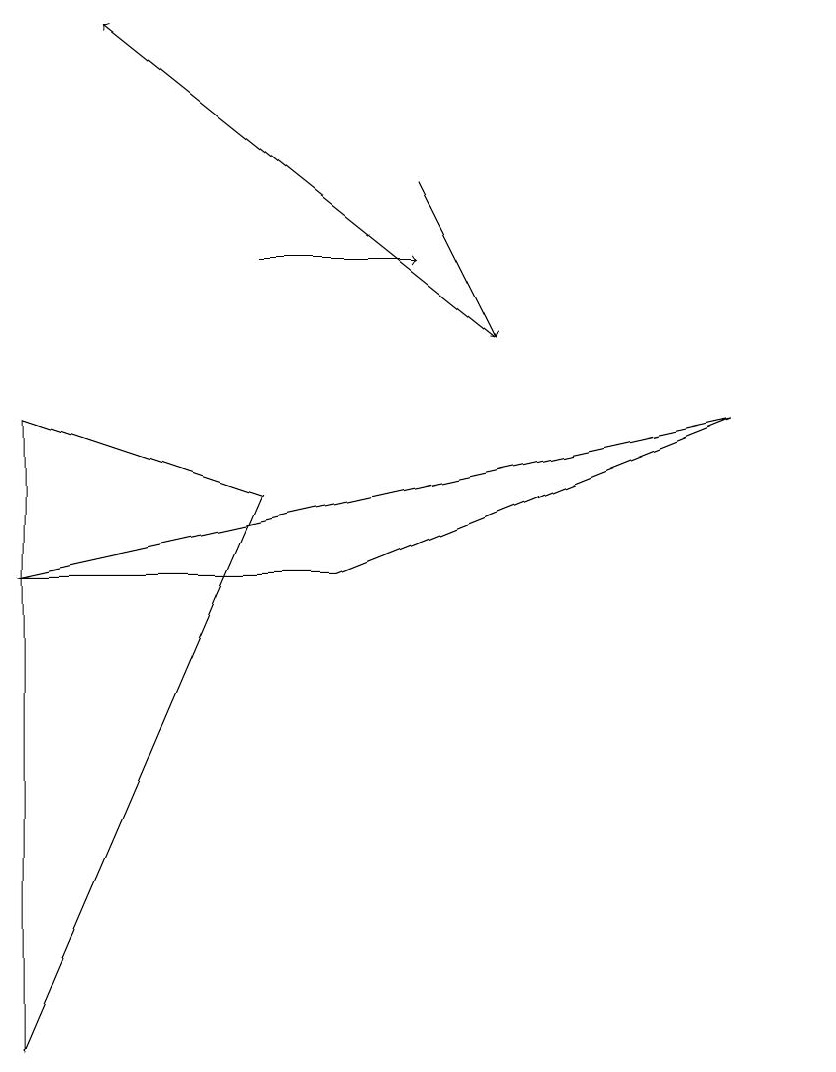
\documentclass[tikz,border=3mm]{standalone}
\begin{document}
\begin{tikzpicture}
\draw[->] (5,12) -- (6,10);
\draw (4,7) -- (9,9) -- (0,7) -- cycle;
\draw (10,11) circle (0);
\draw (0,9) -- (0,1) -- (3,8) -- cycle;
\draw[->] (6,10) -- (1,14);
\draw[->] (3,11) -- (5,11);
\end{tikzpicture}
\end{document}